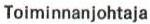
Toiminnanjohtaja